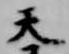
天